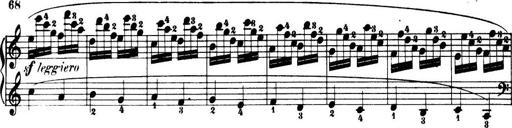
Title: 32 Sonatinas and Rondos for the Piano
Composer: Richard Kleinmichel